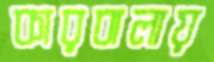
কারবালায়